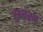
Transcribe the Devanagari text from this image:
ख़बरम